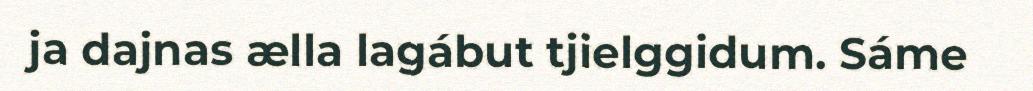
ja dajnas ælla lagábut tjielggidum. Sáme